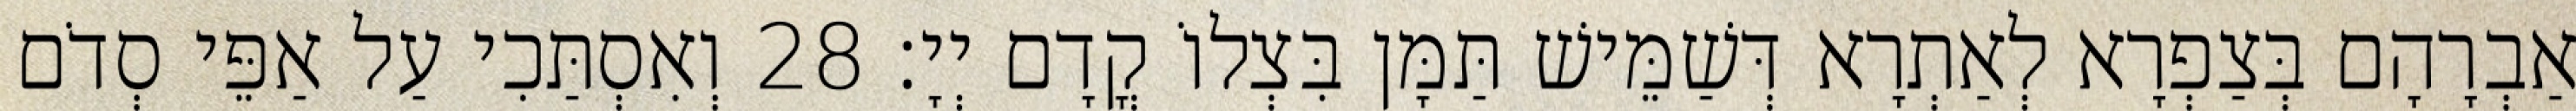
אַבְרָהָם בְּצַפְרָא לְאַתְרָא דְּשַׁמֵּישׁ תַּמָּן בִּצְלוֹ קֳדָם יְיָ׃ 28 וְאִסְתַּכִי עַל אַפֵּי סְדֹם